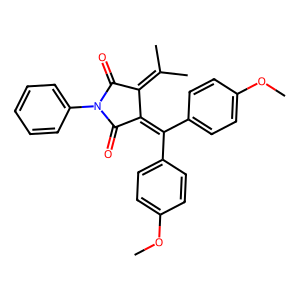
SMILES: COc1ccc(C(=C2C(=O)N(c3ccccc3)C(=O)C2=C(C)C)c2ccc(OC)cc2)cc1
Inhibits HIV replication: No